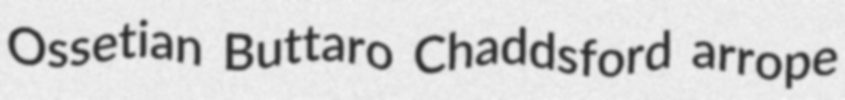
Ossetian Buttaro Chaddsford arrope